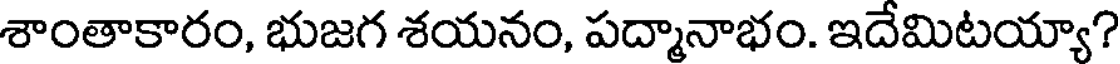
శాంతాకారం, భుజగ శయనం, పద్మానాభం. ఇదేమిటయ్యా?